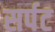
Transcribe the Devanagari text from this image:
सर्पट